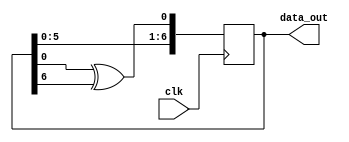
module LFSR_7 (data_out,clk);

  output [7:1] data_out;
  input clk;
  reg [7:1] sreg;
  initial sreg=7'b1;
  always @(posedge clk)
			sreg <= {sreg[6:1], sreg[1]^sreg[7]};
	assign data_out= sreg;
endmodule